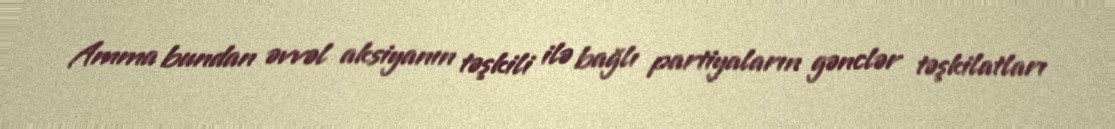
Amma bundan əvvəl aksiyanın təşkili ilə bağlı partiyaların gənclər təşkilatları